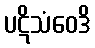
ပဋိသံဝေဒိ